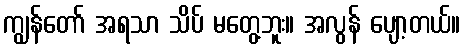
ကျွန်တော် အရသာ သိပ် မတွေ့ဘူး။ အလွန် ပျော့တယ်။